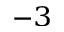
^ { - 3 }